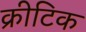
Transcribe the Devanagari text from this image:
क्रीटिक